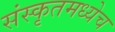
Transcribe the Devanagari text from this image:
संस्कृतमध्येच